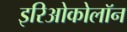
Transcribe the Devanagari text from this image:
इरिओकोलॉन